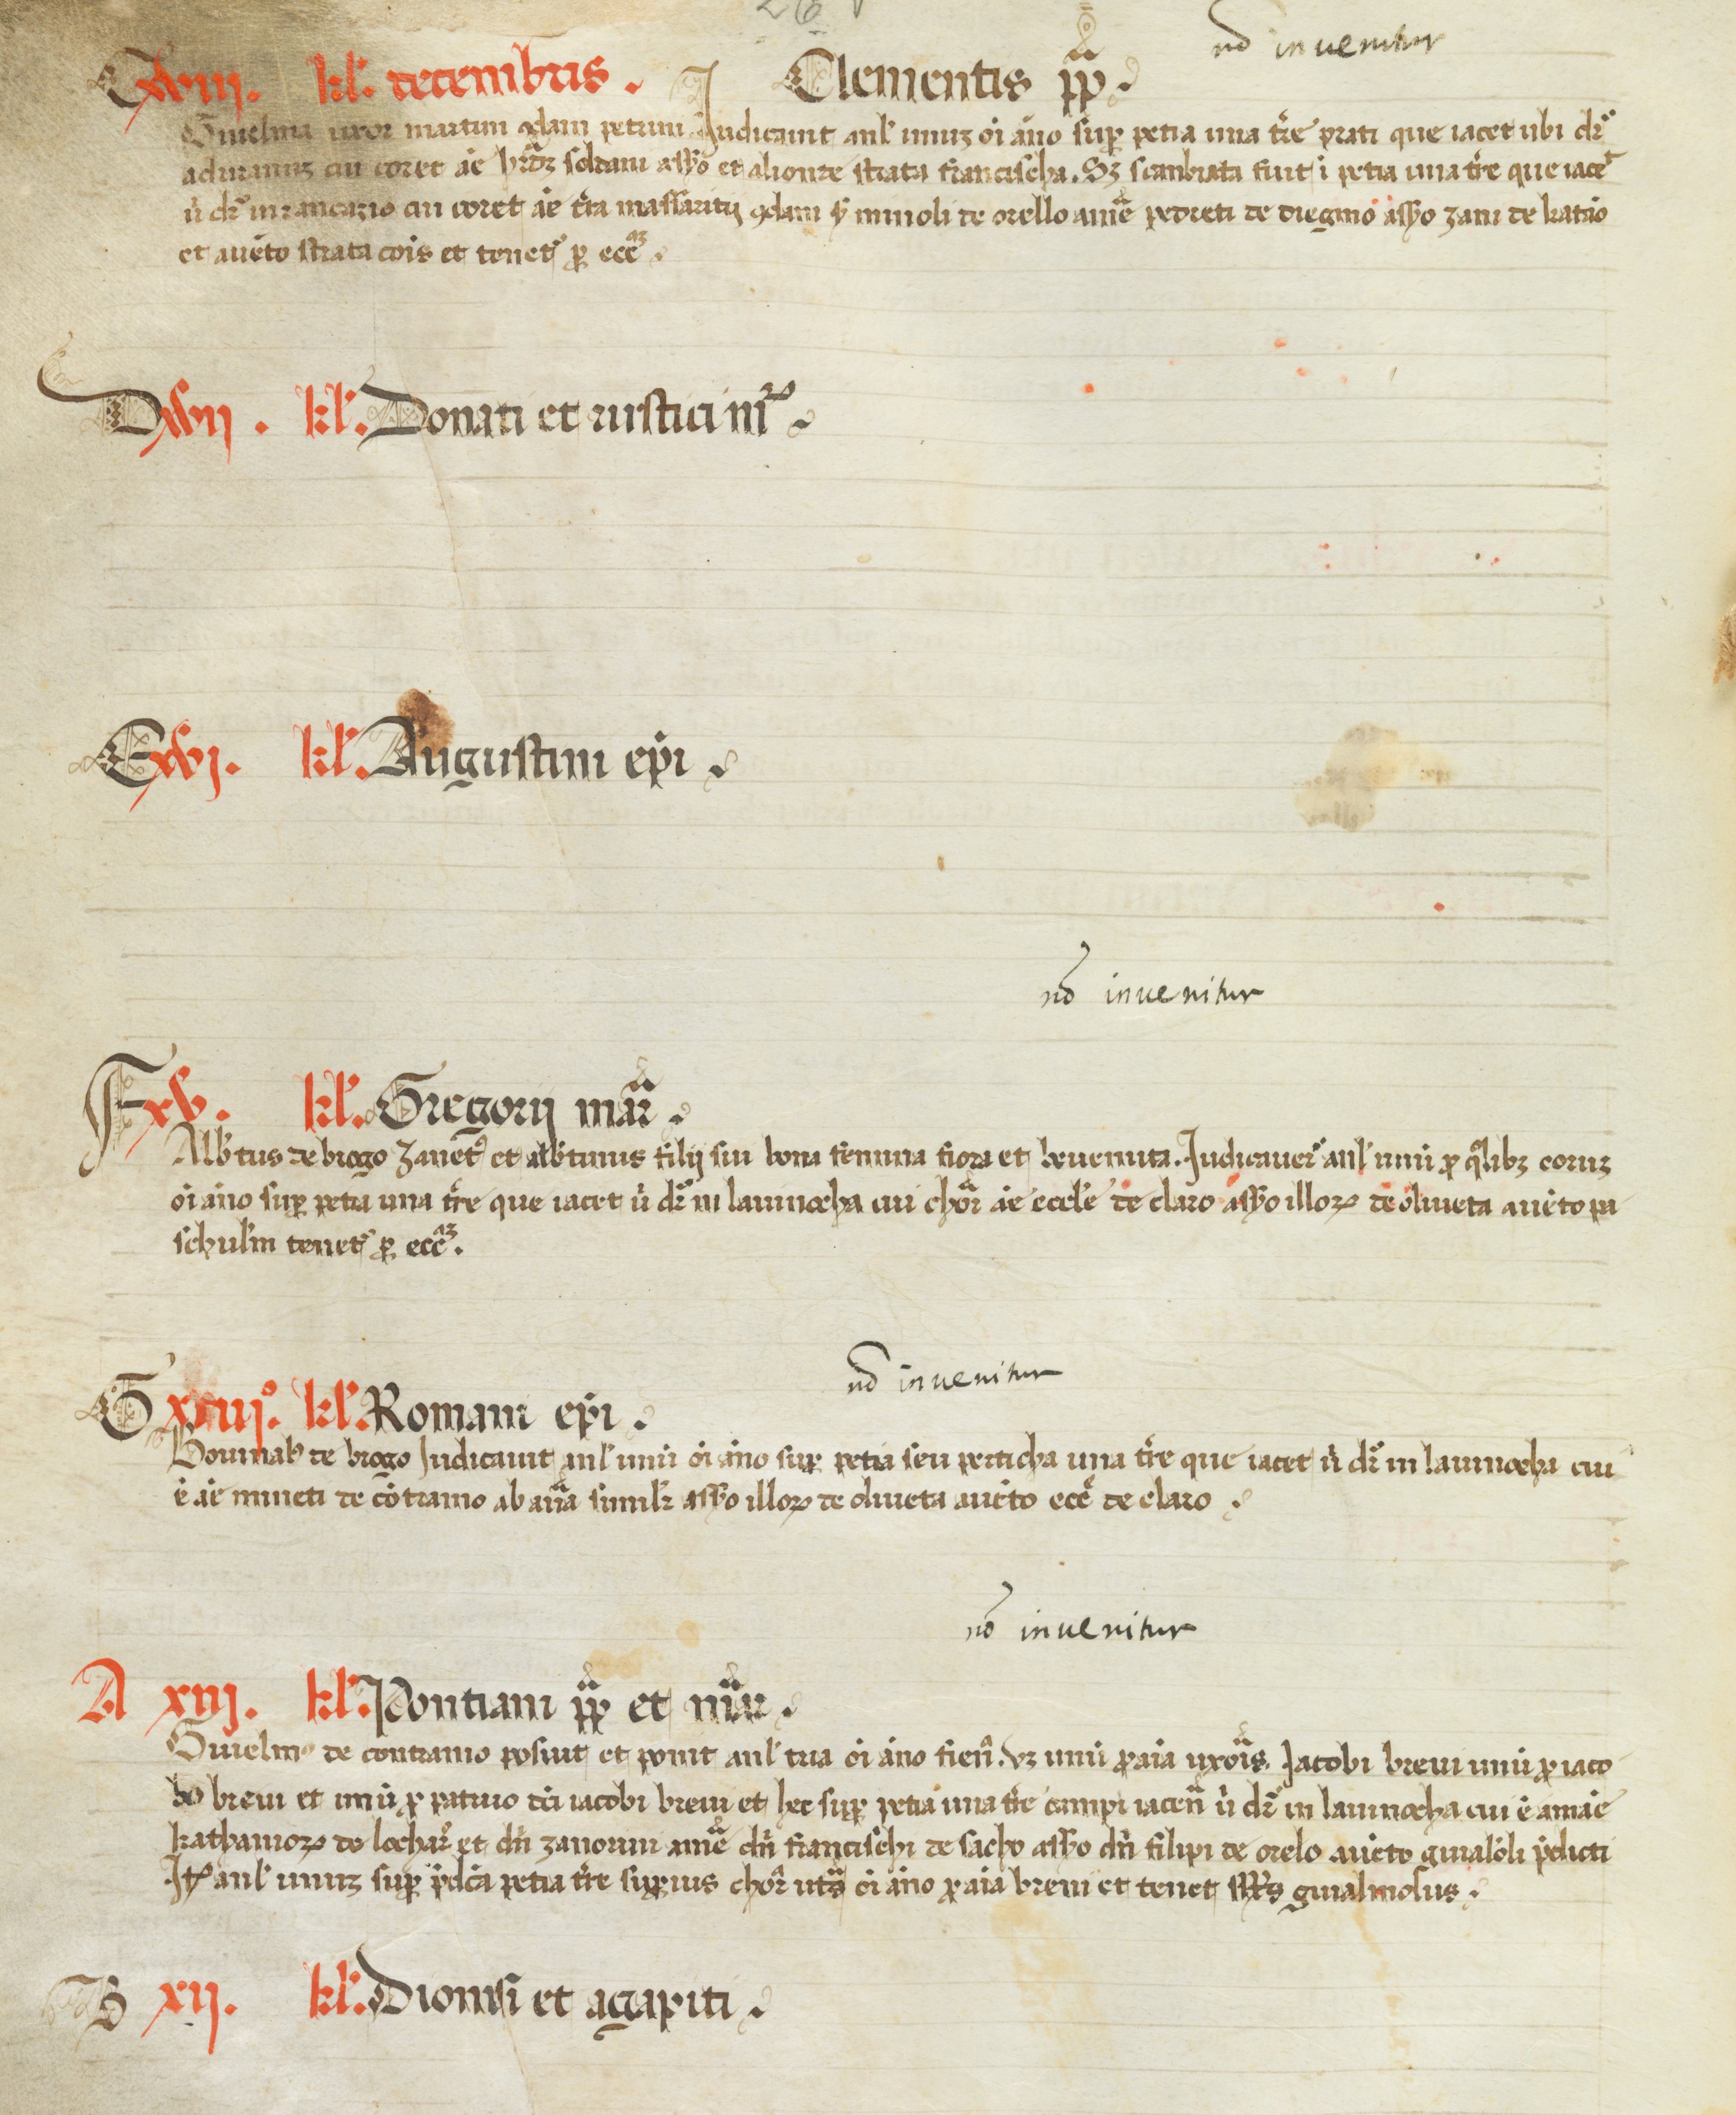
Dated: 1450–1499